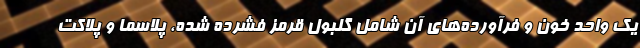
یک واحد خون و فرآورده‌های آن شامل گلبول قرمز فشرده شده، پلاسما و پلاکت